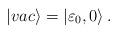
LaTeX: \begin{align*} |vac \rangle = \left | {\varepsilon}_0, 0 \right \rangle.\end{align*}